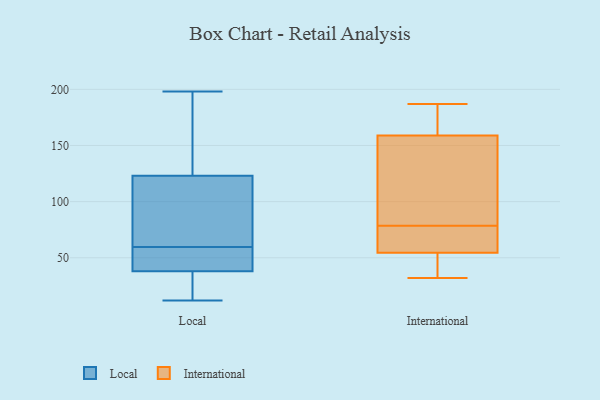
{"axis": {"x": "Inventory Turnover", "y": "Value"}, "legend": ["International", "Local"], "data": [{"x": "", "y": 49, "type": "Local"}, {"x": "", "y": 12, "type": "Local"}, {"x": "", "y": 108, "type": "Local"}, {"x": "", "y": 198, "type": "Local"}, {"x": "", "y": 181, "type": "Local"}, {"x": "", "y": 70, "type": "Local"}, {"x": "", "y": 35, "type": "Local"}, {"x": "", "y": 38, "type": "Local"}, {"x": "", "y": 123, "type": "Local"}, {"x": "", "y": 88, "type": "Local"}, {"x": "", "y": 197, "type": "Local"}, {"x": "", "y": 28, "type": "Local"}, {"x": "", "y": 45, "type": "Local"}, {"x": "", "y": 49, "type": "Local"}, {"x": "", "y": 159, "type": "International"}, {"x": "", "y": 41, "type": "International"}, {"x": "", "y": 60, "type": "International"}, {"x": "", "y": 117, "type": "International"}, {"x": "", "y": 32, "type": "International"}, {"x": "", "y": 49, "type": "International"}, {"x": "", "y": 84, "type": "International"}, {"x": "", "y": 181, "type": "International"}, {"x": "", "y": 187, "type": "International"}, {"x": "", "y": 69, "type": "International"}, {"x": "", "y": 159, "type": "International"}, {"x": "", "y": 73, "type": "International"}]}